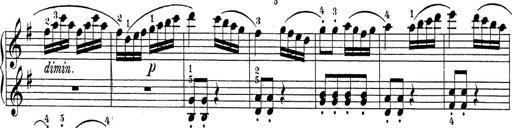
Title: Sonatina Album
Composer: Louis KÃ¶hler